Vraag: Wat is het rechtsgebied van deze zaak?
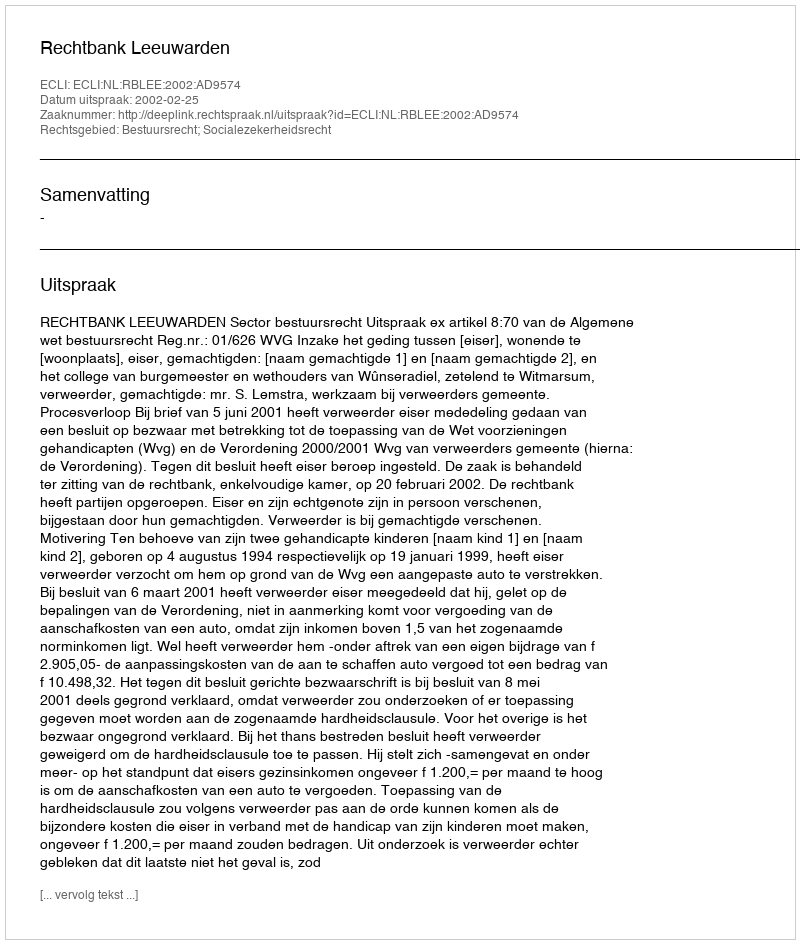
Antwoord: Bestuursrecht; Socialezekerheidsrecht